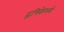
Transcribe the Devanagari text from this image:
हृषिकेशमें